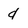
Character: d